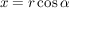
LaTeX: x = r \cos \alpha